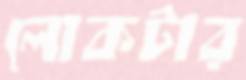
লোকটার